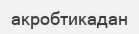
акробтикадан